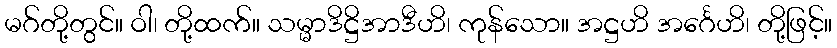
မဂ်တို့တွင်။ ဝါ၊ တို့ထက်။ သမ္မာဒိဋ္ဌိအာဒီဟိ၊ ကုန်သော။ အဋ္ဌဟိ အင်္ဂေဟိ၊ တို့ဖြင့်။